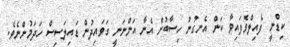
ކިޑްނީ ފެއިލްވެފައިވާ ކަން އެނގުނު ހިސާބުން އެނާ އަންނަނީ ގަވައިދުން ޑައިލަސިސް ހަދަމުންނެވެ.